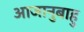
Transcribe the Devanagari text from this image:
आजानुबाहु